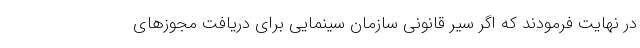
در نهایت فرمودند که اگر سیر قانونی سازمان سینمایی برای دریافت مجوزهای